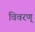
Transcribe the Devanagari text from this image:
विवरण्‌